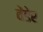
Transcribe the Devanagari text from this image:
वेंडेर